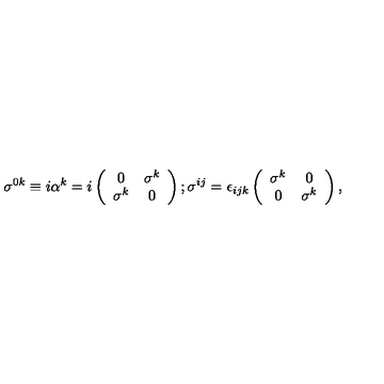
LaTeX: \sigma ^ { 0 k } \equiv i \alpha ^ { k } = i \left( \begin{array} { c c } { 0 } & { \sigma ^ { k } } \\ { \sigma ^ { k } } & { 0 } \\ \end{array} \right) ; \sigma ^ { i j } = \epsilon _ { i j k } \left( \begin{array} { c c } { \sigma ^ { k } } & { 0 } \\ { 0 } & { \sigma ^ { k } } \\ \end{array} \right) ,